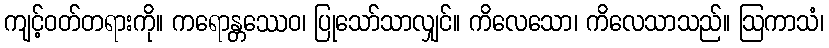
ကျင့်ဝတ်တရားကို။ ကရောန္တဿေဝ၊ ပြုသော်သာလျှင်။ ကိလေသော၊ ကိလေသာသည်။ ဩကာသံ၊